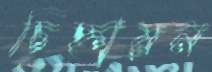
চিহ্নায়ন